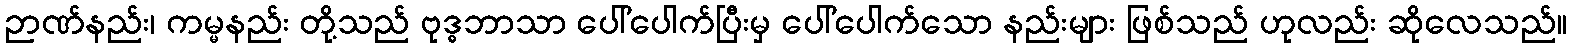
ဉာဏ်နည်း၊ ကမ္မနည်း တို့သည် ဗုဒ္ဓဘာသာ ပေါ်ပေါက်ပြီးမှ ပေါ်ပေါက်သော နည်းများ ဖြစ်သည် ဟုလည်း ဆိုလေသည်။